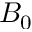
B _ { 0 }